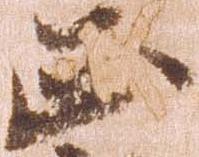
正